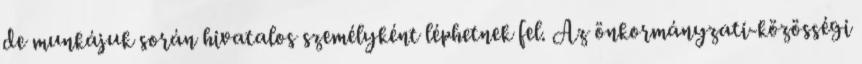
de munkájuk során hivatalos személyként léphetnek fel. Az önkormányzati-közösségi